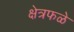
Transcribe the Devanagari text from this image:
क्षेत्रफळे